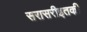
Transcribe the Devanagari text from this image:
सरासरीइतकी